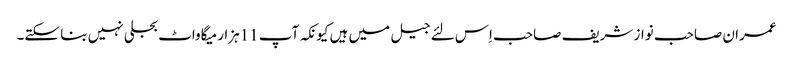
عمران صاحب نواز شریف صاحب اِس لئے جیل میں ہیں کیونکہ آپ 11ہزار میگاواٹ بجلی نہیں بنا سکتے۔